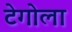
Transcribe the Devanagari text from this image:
टेगोला